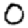
Digit: 0